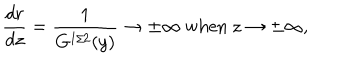
\frac { d r } { d z } = \frac { 1 } { G ^ { 1 / 2 } ( y ) } \to \pm \infty \mathrm { ~ w h e n ~ } z \to \pm \infty ,